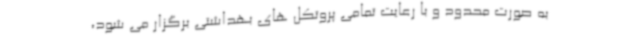
به صورت محدود و با رعایت تمامی پروتکل های بهداشتی برگزار می شود،